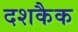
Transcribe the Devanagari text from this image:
दशकैक